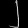
Digit: ၂